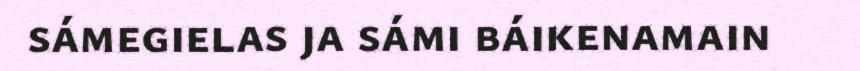
sámegielas ja sámi báikenamain